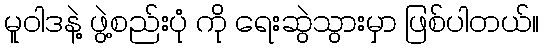
မူဝါဒနဲ့ ဖွဲ့စည်းပုံ ကို ရေးဆွဲသွားမှာ ဖြစ်ပါတယ်။